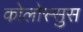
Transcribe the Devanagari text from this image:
कोलोस्सुस